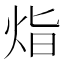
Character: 𭴛